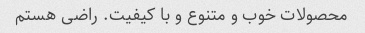
محصولات خوب و متنوع و با کیفیت. راضی هستم